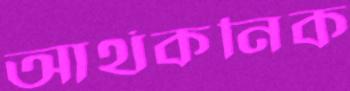
আর্থকনিক